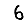
Digit: 6